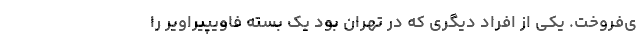
ی‌فروخت. یکی از افراد دیگری که در تهران بود یک بسته فاویپیراویر را